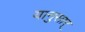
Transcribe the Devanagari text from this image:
यानुसार्